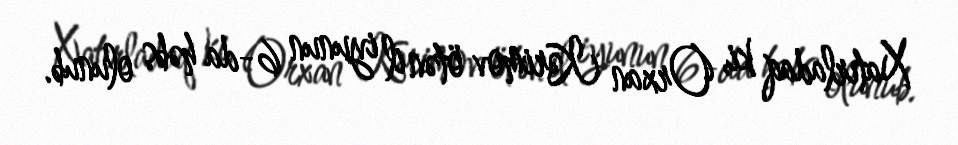
Xatırladaq ki, Orxan Kərimov ötən il iyunun 6-da həbs olunub.